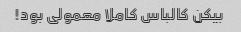
بیکن کالباس کاملا معمولی بود!